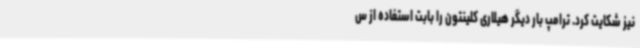
نیز شکایت کرد. ترامپ بار دیگر هیلاری کلینتون را بابت استفاده از س